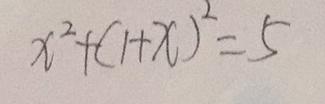
x ^ { 2 } + ( 1 + x ) ^ { 2 } = 5